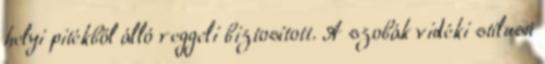
helyi pitékből álló reggeli biztosított. A szobák vidéki stílusú